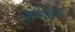
એરિયાઝ